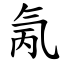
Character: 氞